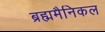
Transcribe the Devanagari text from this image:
ब्रह्ममैनिकल